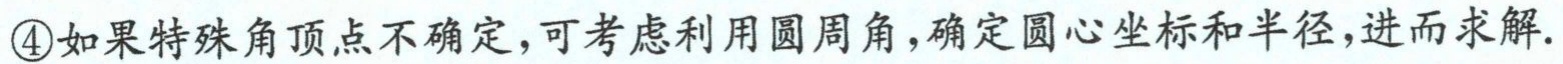
\textcircled{4}如果特殊角顶点不确定，可考虑利用圆周角，确定圆心坐标和半径，进而求解.